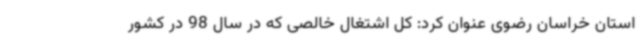
استان خراسان رضوی عنوان کرد: کل اشتغال خالصی که در سال 98 در کشور